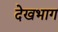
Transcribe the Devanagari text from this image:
देखभाग